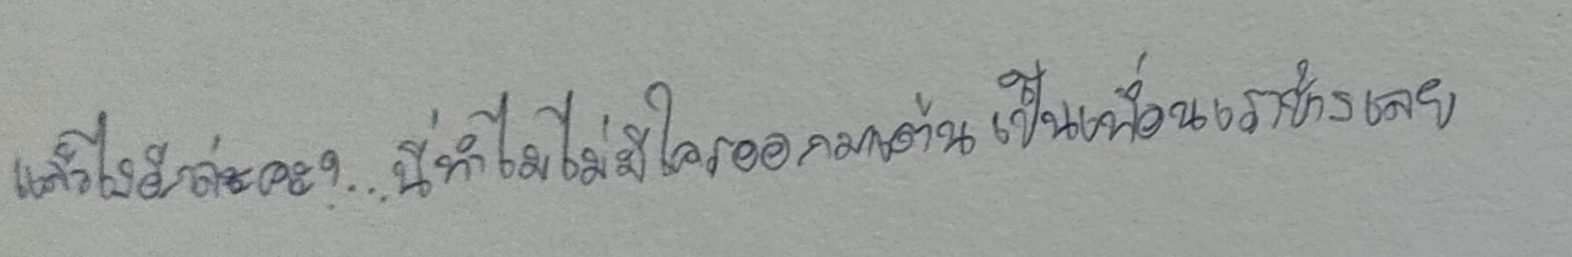
"แล้วไงอีกล่ะคะ?...นี่ทำไมไม่มีใครออกมาเต้นเป็นเพื่อนเราบ้างเลย